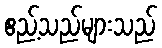
ဧည့်သည်များသည်